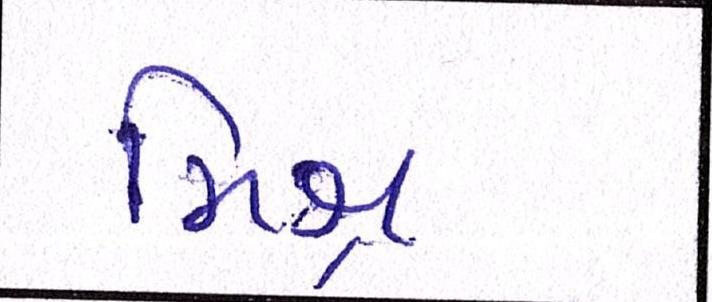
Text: મિશ્ર